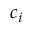
c _ { i }